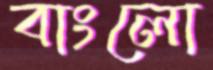
বাংলো